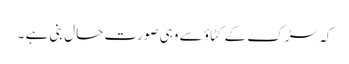
کہ سڑک کے کٹاؤ سے وہی صورت حال بنی ہے ۔